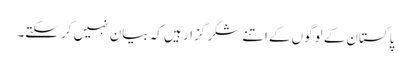
پاکستان کے لوگوں کے اتنے شکر گزار ہیں کہ بیان نہیں کر سکتے۔